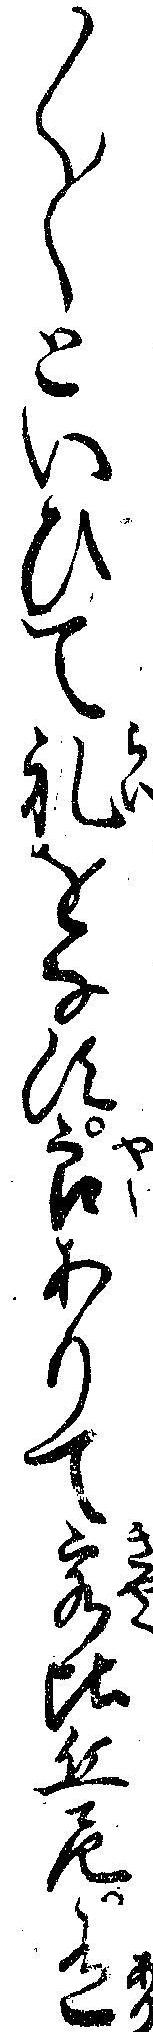
〱〱といひて礼をなす良ありて客比丘尼有